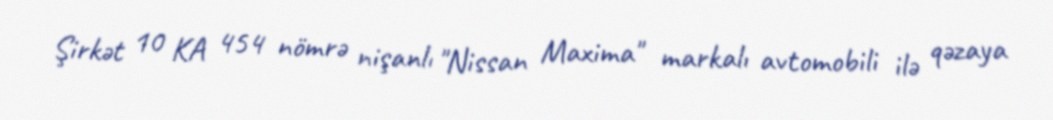
Şirkət 10 KA 454 nömrə nişanlı "Nissan Maxima" markalı avtomobili ilə qəzaya